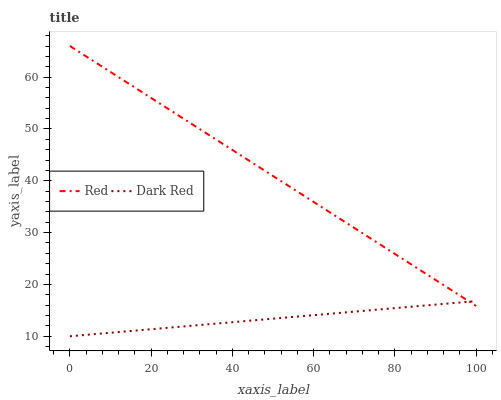
| xaxis_label | Red | Dark Red |
 | --- | --- | --- |
 | 0 | 66 | 10 |
 | 5.26 | 63.4 | 10.4 |
 | 10.5 | 60.7 | 10.7 |
 | 15.8 | 58.1 | 11.1 |
 | 21.1 | 55.4 | 11.4 |
 | 26.3 | 52.8 | 11.8 |
 | 31.6 | 50.2 | 12.1 |
 | 36.8 | 47.5 | 12.5 |
 | 42.1 | 44.9 | 12.9 |
 | 47.4 | 42.2 | 13.2 |
 | 52.6 | 39.6 | 13.6 |
 | 57.9 | 37 | 13.9 |
 | 63.2 | 34.3 | 14.3 |
 | 68.4 | 31.7 | 14.6 |
 | 73.7 | 29 | 15 |
 | 78.9 | 26.4 | 15.4 |
 | 84.2 | 23.8 | 15.7 |
 | 89.5 | 21.1 | 16.1 |
 | 94.7 | 18.5 | 16.4 |
 | 100 | 15.8 | 16.8 |